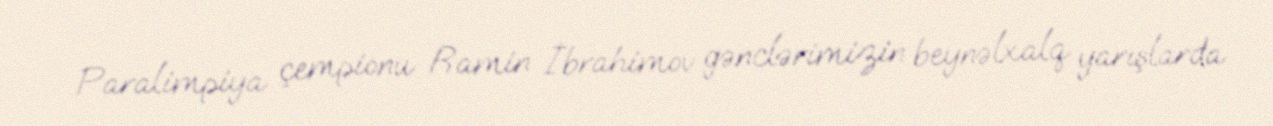
Paralimpiya çempionu Ramin İbrahimov gənclərimizin beynəlxalq yarışlarda